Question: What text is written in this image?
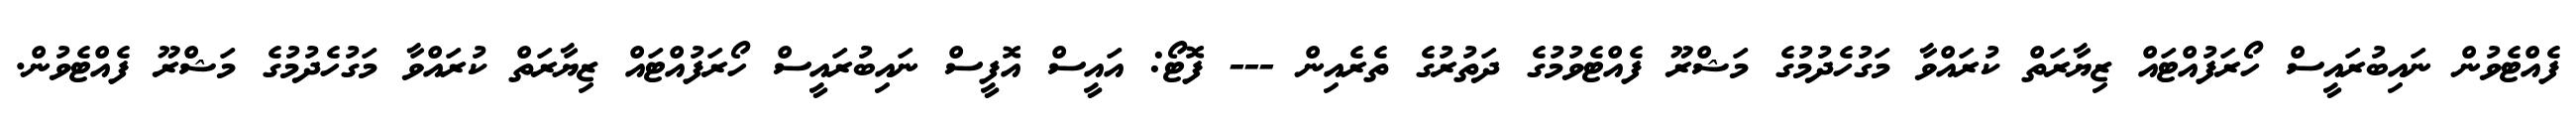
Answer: ފެއްޓެވުން ނައިބުރައީސް ހޯރަފުއްޓައް ޒިޔާރަތް ކުރައްވާ މަގުހެދުމުގެ މަޝްރޫ ފެއްޓެވުމުގެ ދަތުރުގެ ތެރެއިން --- ފޮޓޯ: އައީސް އޮފީސް ނައިބުރައީސް ހޯރަފުއްޓައް ޒިޔާރަތް ކުރައްވާ މަގުހެދުމުގެ މަޝްރޫ ފެއްޓެވުން.